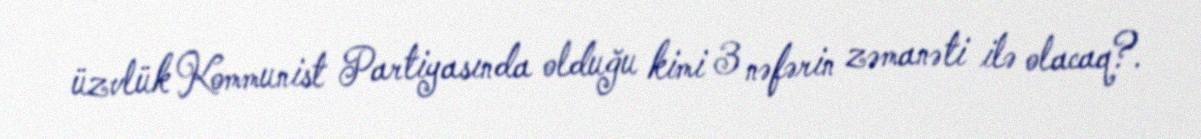
üzvlük Kommunist Partiyasında olduğu kimi 3 nəfərin zəmanəti ilə olacaq?.